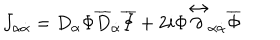
J _ { \alpha \dot { \alpha } } = D _ { \alpha } \Phi \overline { { { D } } } _ { \dot { \alpha } } \overline { { { \Phi } } } + 2 i \Phi { \stackrel { \leftrightarrow } { \partial } } _ { \alpha \dot { \alpha } } \overline { { { \Phi } } }